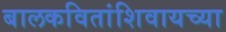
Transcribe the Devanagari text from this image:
बालकवितांशिवायच्या